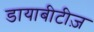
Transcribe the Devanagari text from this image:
डायाबीटीज़